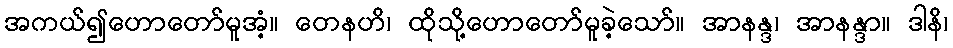
အကယ်၍ဟောတော်မူအံ့။ တေနဟိ၊ ထိုသို့ဟောတော်မူခဲ့သော်။ အာနန္ဒ၊ အာနန္ဒာ။ ဒါနိ၊